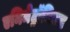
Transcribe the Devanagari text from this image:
एनिमेट्रॉनिक्स